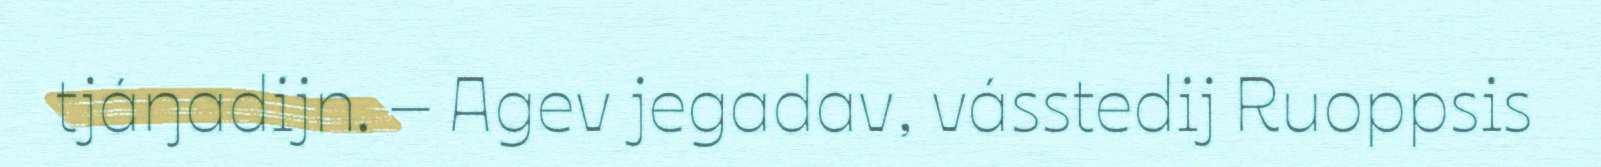
tjáŋadijn. – Agev jegadav, vásstedij Ruoppsis